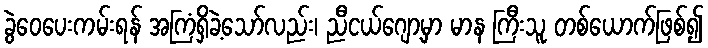
ခွဲဝေပေးကမ်းရန် အကြံရှိခဲ့သော်လည်း၊ ညီငယ်ဂျော့မှာ မာန ကြီးသူ တစ်ယောက်ဖြစ်၍